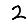
Digit: 2